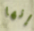
إنها